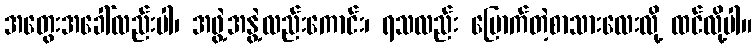
အတွေးအခေါ်လည်းပါ၊ အဖွဲ့အနွဲ့လည်းကောင်း၊ ရသလည်း မြောက်တဲ့စာသားလေးလို့ ထင်လို့ပါ။